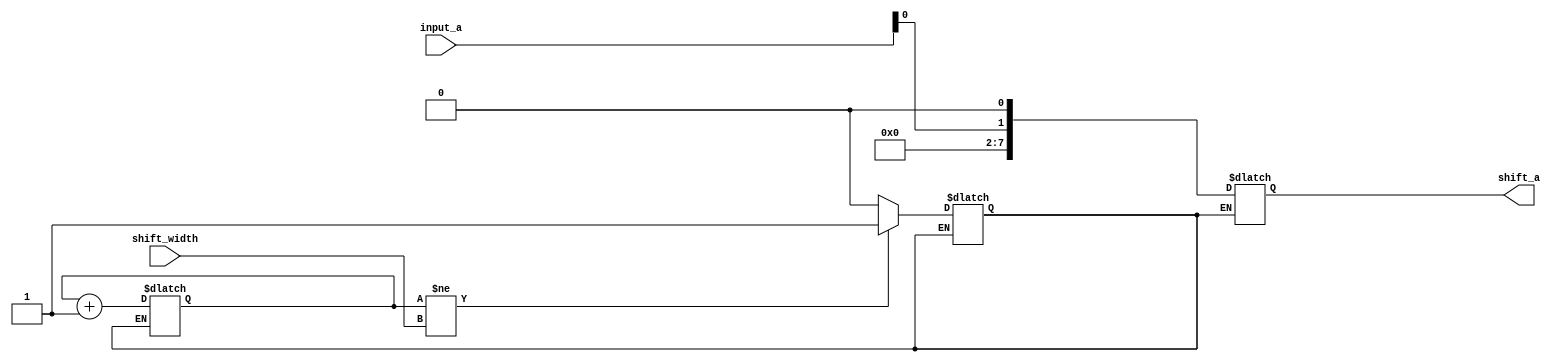
module TDMA_1shift(
						//input data_start,
						input[7:0] input_a,
						input [2:0]shift_width,
						output[7:0] shift_a
					);

		reg [2:0] count;
		assign shift_aR = input_a;
	always @ (*)
		if(data_start)
			begin
				count <= count + 1'b1;
				shift_a <= shift_aR << 1;
			end
		else if(count != shift_width)
				data_start = 1'b1;
			else
				data_start = 1'b0;
endmodule